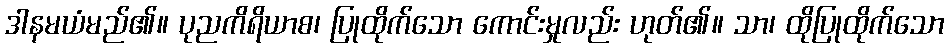
ဒါနမယံမည်၏။ ပုညကိရိယာစ၊ ပြုထိုက်သော ကောင်းမှုလည်း ဟုတ်၏။ သာ၊ ထိုပြုထိုက်သော